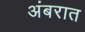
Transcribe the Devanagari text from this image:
अंबरात